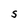
Character: S